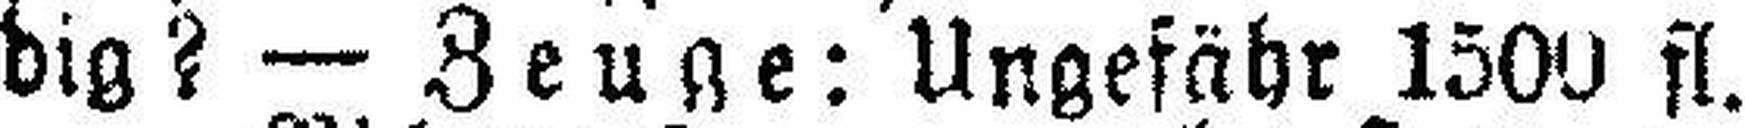
dig? — Zeuge: Ungefähr 1500 fl.